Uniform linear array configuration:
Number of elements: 24
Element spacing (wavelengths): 0.75
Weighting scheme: blackman
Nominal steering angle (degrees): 30
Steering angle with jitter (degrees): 29.518
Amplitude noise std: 0.05
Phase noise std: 0.05

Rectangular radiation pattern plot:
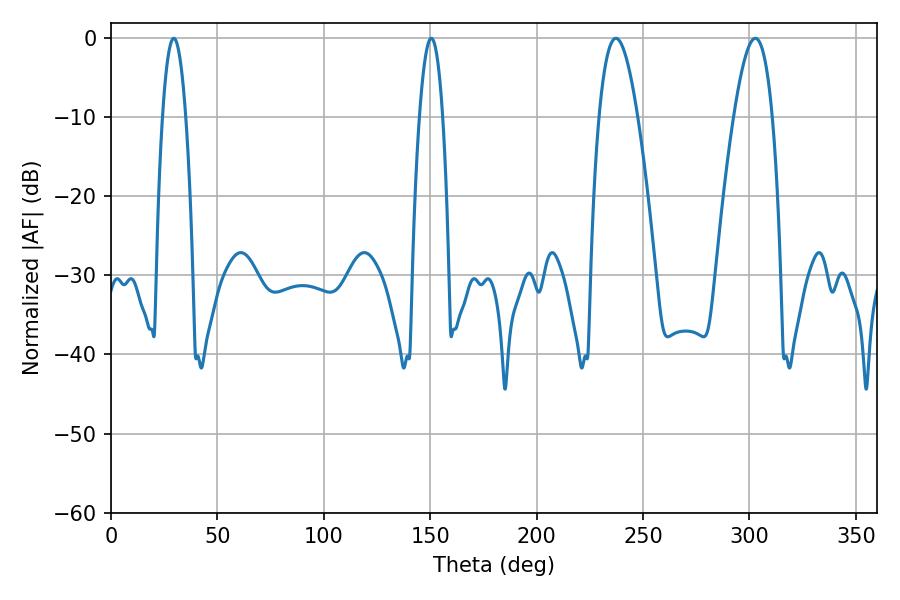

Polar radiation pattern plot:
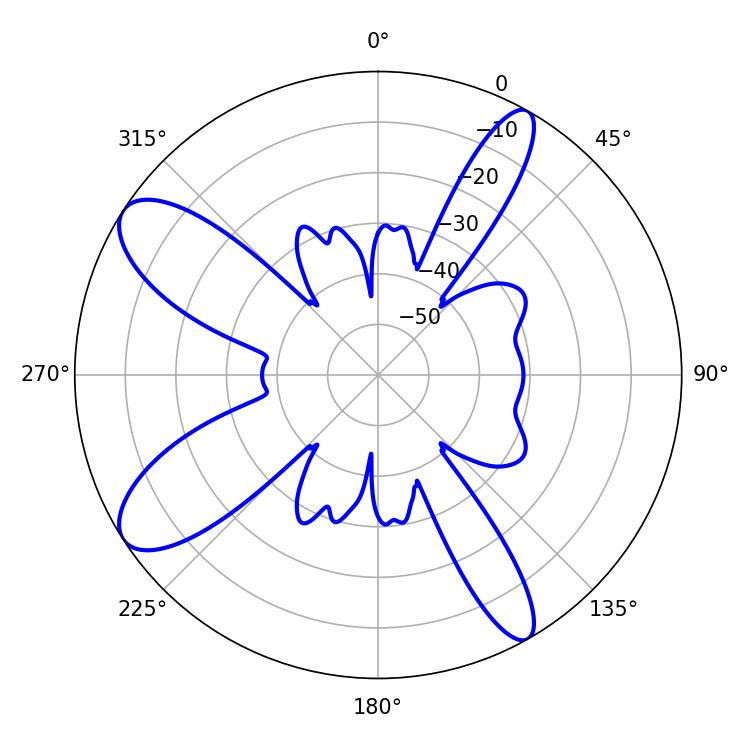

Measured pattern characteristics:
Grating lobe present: TRUE
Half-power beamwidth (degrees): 9.9
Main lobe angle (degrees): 237.24